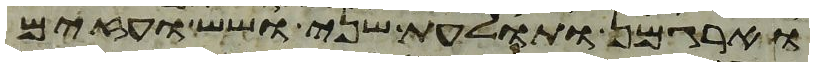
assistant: וארגמן ותולעת שני ושש ועזים